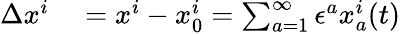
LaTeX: \begin{array}{rl}{\Delta x^{i}}&{{}=x^{i}-x_{0}^{i}=\sum_{a=1}^{\infty}\epsilon^{a}x_{a}^{i}(t)}\end{array}